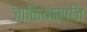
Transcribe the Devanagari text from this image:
जाळियामाजि